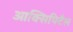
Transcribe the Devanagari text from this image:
आक्सिपिटैल